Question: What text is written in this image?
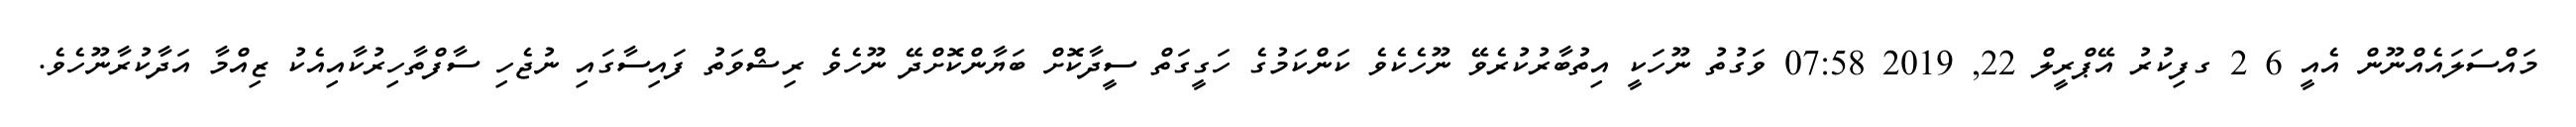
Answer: މައްސަލައެއްނޫން އެއީ 6 2 ގފިކުރު އޭޕްރީލް 22, 2019 07:58 ވަގުތު ނޫހަކީ އިތުބާރުކުރެވޭ ނޫހެކެވެ ކަންކަމުގެ ހަގީގަތް ސީދާކޮށް ބަޔާންކޮށްދޭ ނޫހެވެ ރިޝްވަތު ފައިސާގައި ނުޖެހި ސާފްތާހިރުކާއިއެކު ޒިއްމާ އަދާކުރާނޫހެވެ.